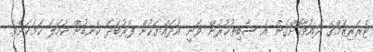
ޓެރަރިޒަމްގެ ދައުވާކޮށްގެން އެ ސާބިތުކުރުން ވަނީ އުދައްޔަކުން ފަރުބަދަ ކެނޑުން ކަހަލަ ކަމަކަށެވެ.